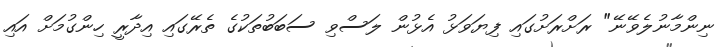
ނިންމާނުލެވޭނޭ" ރަށްރަށުގައި ފިޔަވަޅު އެޅުން ލަސްވި ސަބަބުތަކުގެ ތެރޭގައި އިދާރީ ހިންގުމަށް އައި